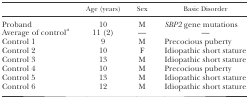
|  | Age (years) | Sex | Basic Disorder |
 | --- | --- | --- | --- |
 | Proband | 10 | M | SBP2 gene mutations |
 | Average of controla | 11 (2) | — | — |
 | Control 1 | 9 | M | Precocious puberty |
 | Control 2 | 10 | F | Idiopathic short stature |
 | Control 3 | 13 | M | Idiopathic short stature |
 | Control 4 | 10 | M | Precocious puberty |
 | Control 5 | 13 | M | Idiopathic short stature |
 | Control 6 | 12 | M | Idiopathic short stature |